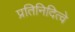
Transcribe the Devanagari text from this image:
प्रतिनिदित्वे